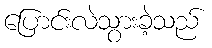
ပြောင်းလဲသွားခဲ့သည်